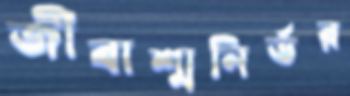
জীবাশ্মনির্ভর